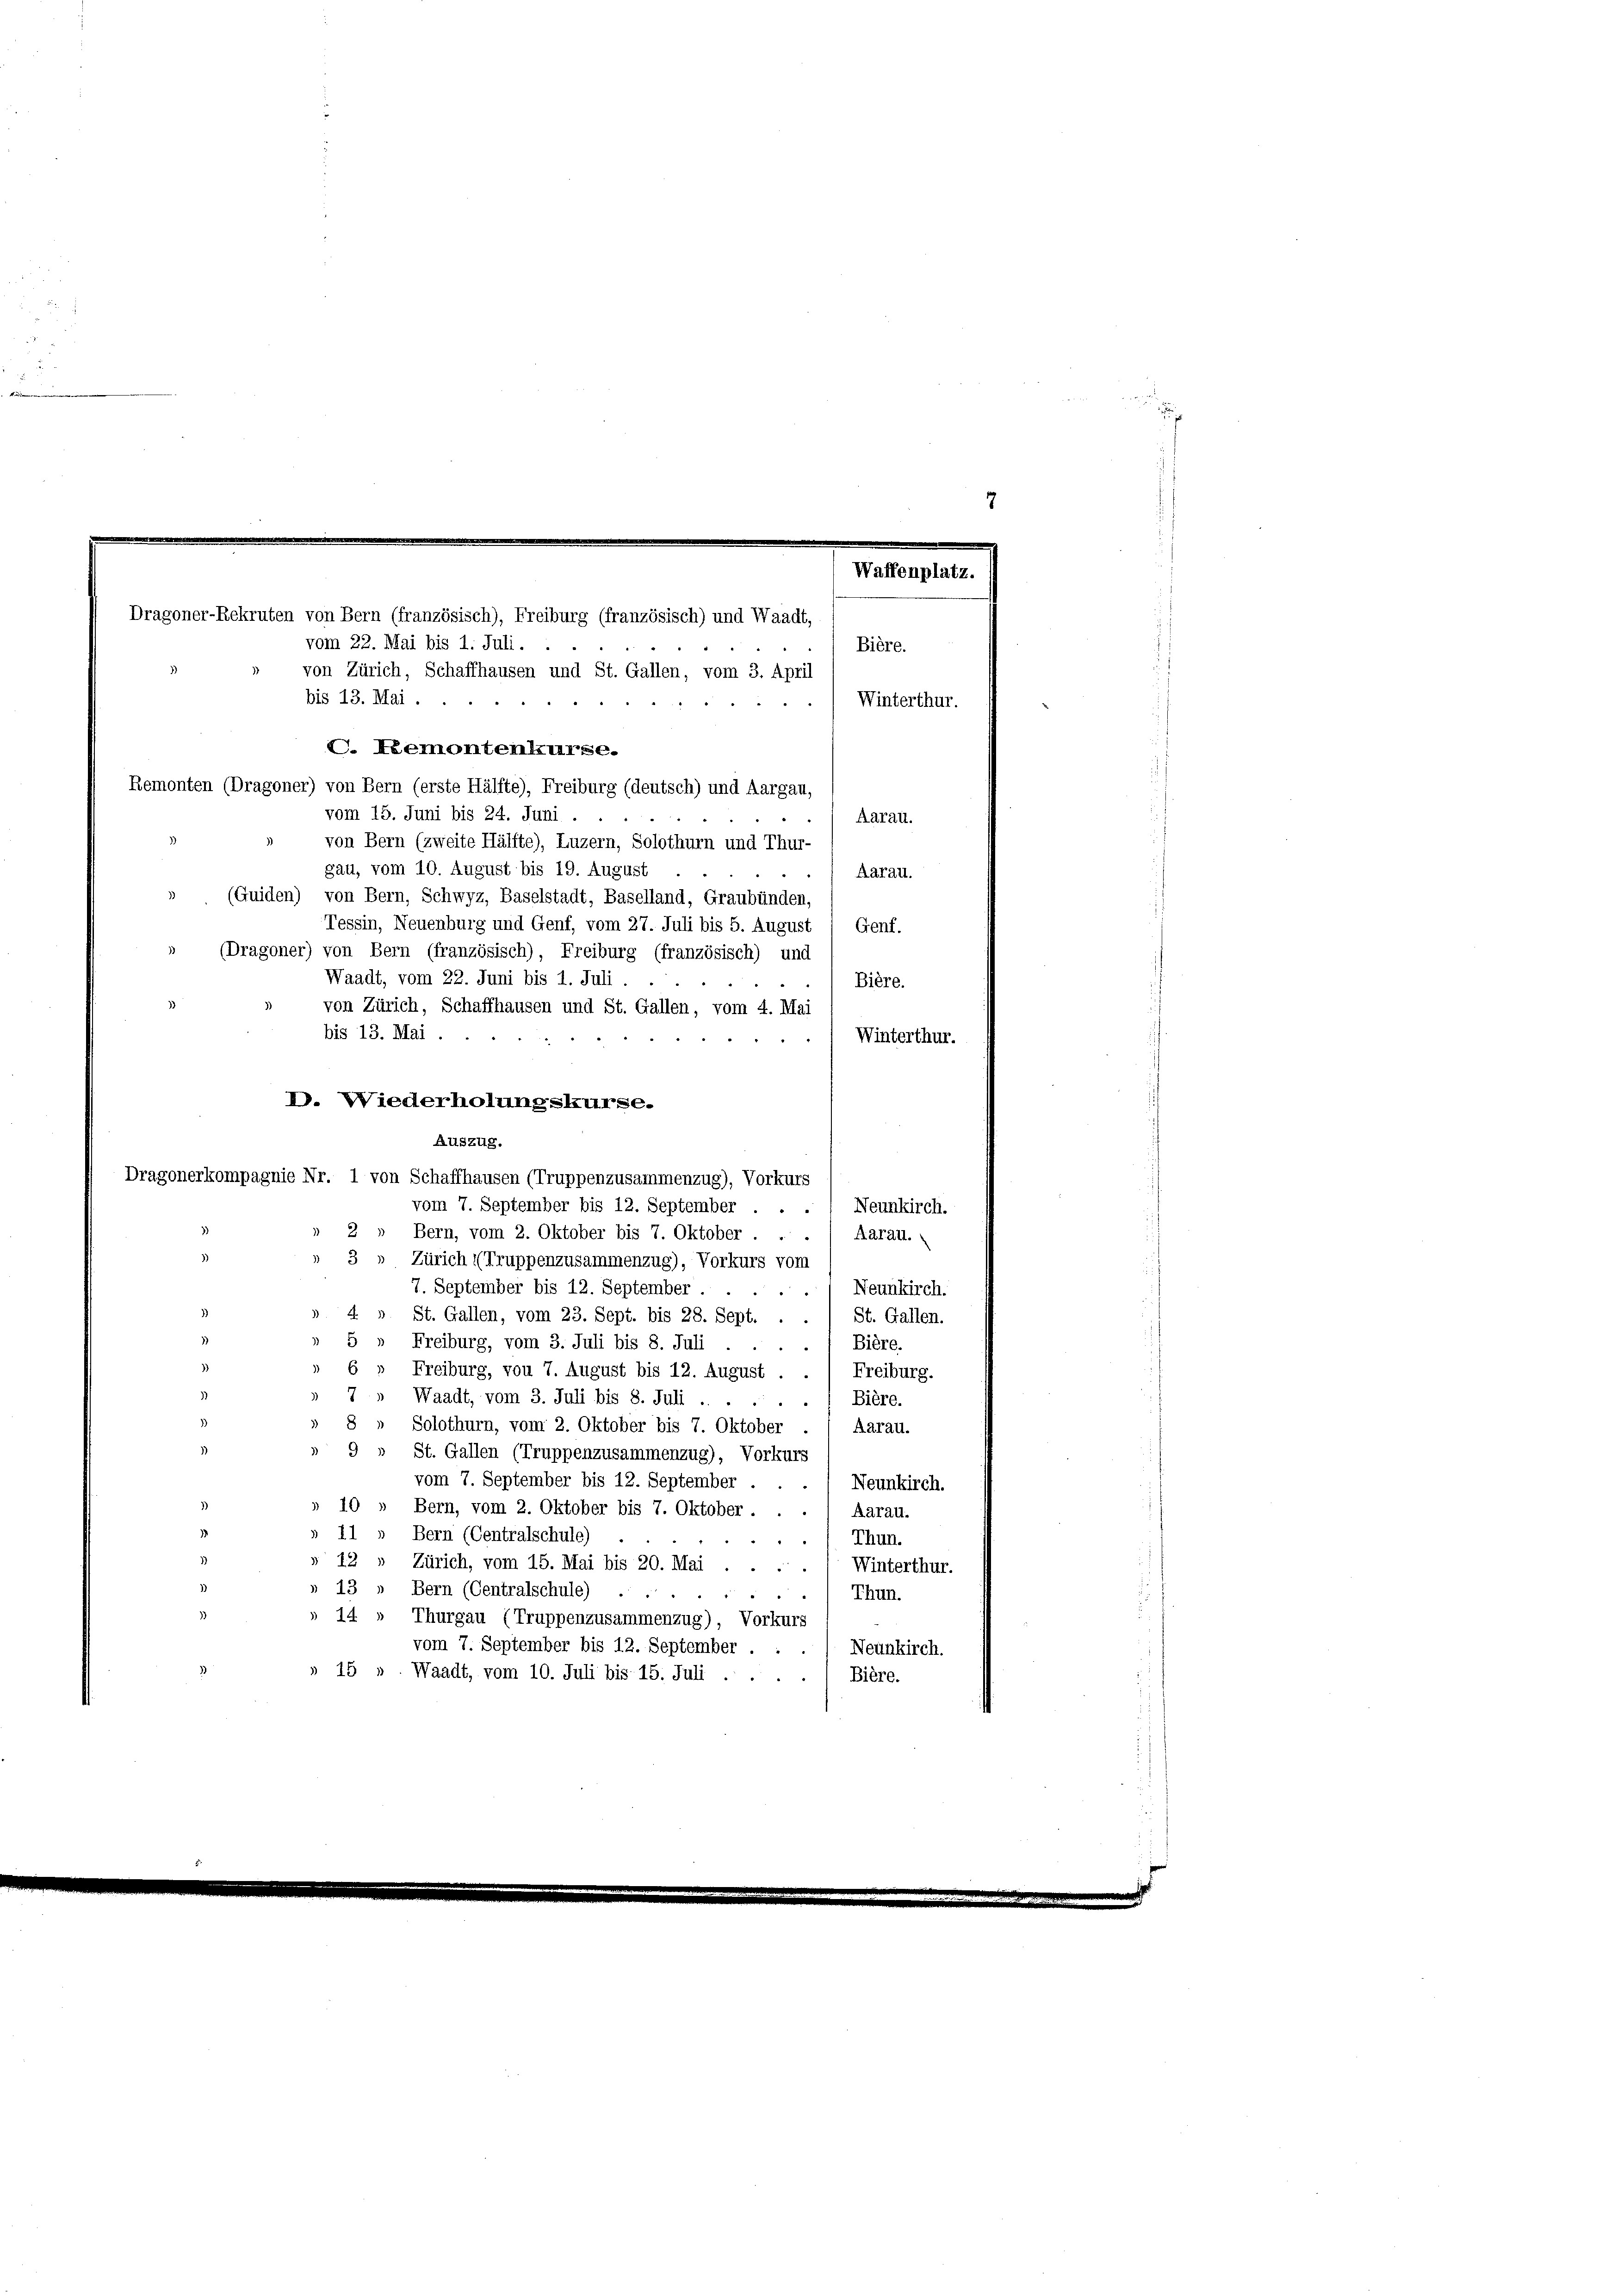
C. Leemontenkurse.
Remonten (Dragoner) von Bern (erste Hälfte), Freiburg (deutsch) und Aargau,
vom 15. Juni bis 24. Juni.
Aarau.
von Bern (zweite Hälfte), Luzern, Solothurn und Thur-
gau, vom 10. August bis 19. August
Aarau.
(Guiden) von Bern, Schwyz, Baselstadt, Baselland, Graubünden,
Tessin, Neuenburg und Genf, vom 27. Juli bis 5. August " Genf.
(Dragoner) von Bern (französisch), Freiburg (französisch) und
Waadt, vom 22. Juni bis 1. Juli.
Bière.
von Zürich, Schaffhausen und St. Gallen, vom 4. Mai
bis 13. Mai.
Winterthur.
D. Wiederholungskurse.
Auszug.
Dragonerkompagnie Nr. 1 von Schaffhausen (Truppenzusammenzug), Vorkurs
vom 7. September bis 12. September . . ., Neunkirch.
2
Bern, vom 2. Oktober bis 7. Oktober . . . / Aarau.
3)
3
Zürich ((Truppenzusammenzug), Vorkurs vom
7. September bis 12. September.
Neunkirch.
St. Gallen, vom 23. Sept. bis 28. Sept.
St. Gallen.
Freiburg, vom 3. Juli bis 8. Juli
( Bière.
Freiburg, von 7. August bis 12. August . ., Freiburg.
Waadt, vom 3. Juli bis 8. Juli.
./ Bière.
Solothurn, vom 2. Oktober bis 7. Oktober
Aarau.
St. Gallen (Truppenzusammenzug), Vorkurs
vom 7. September bis 12. September ..
Neunkirch.
10 » Bern, vom 2. Oktober bis 7. Oktober.
Aarau.
1 » Bern (Centralschule)
) Thun.
12
Zürich, vom 15. Mai bis 20. Mai
Winterthur.
13 „ Bern (Centralschule)
Thun.
14.
Thurgau (Truppenzusammenzug), Vorkurs
vom 7. September bis 12. September.
Neunkirch.
15 ». Waadt, vom 10. Juli bis 15. Juli ...
Bière.

Waffenplatz.
Dragoner-Rekruten von Bern (französisch), Freiburg (französisch) und Waadt,
vom 22. Mai bis 1. Juli.
Bière.
von Zürich, Schaffhausen und St. Gallen, vom 3. April
bis 13. Mai ...
Winterthur.